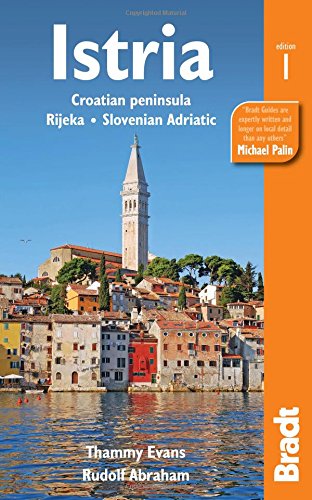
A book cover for Istria: Croatian Peninsula, Rijeka, Slovenian Adriatic; Thammy Evans; Travel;